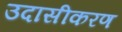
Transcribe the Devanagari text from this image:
उदासीकरण